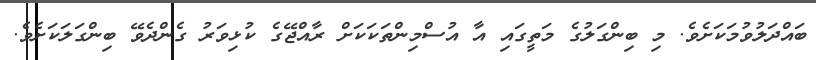
ބައްދަލުވުމަކަށެވެ. މި ބިންގަލުގެ މަތީގައި އާ އުސްމިންތަކަކަށް ރާއްޖޭގެ ކުޅިވަރު ގެންދެވޭ ބިންގަލަކަށެވެ.